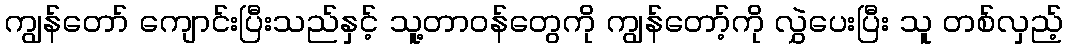
ကျွန်တော် ကျောင်းပြီးသည်နှင့် သူ့တာဝန်တွေကို ကျွန်တော့်ကို လွှဲပေးပြီး သူ တစ်လှည့်